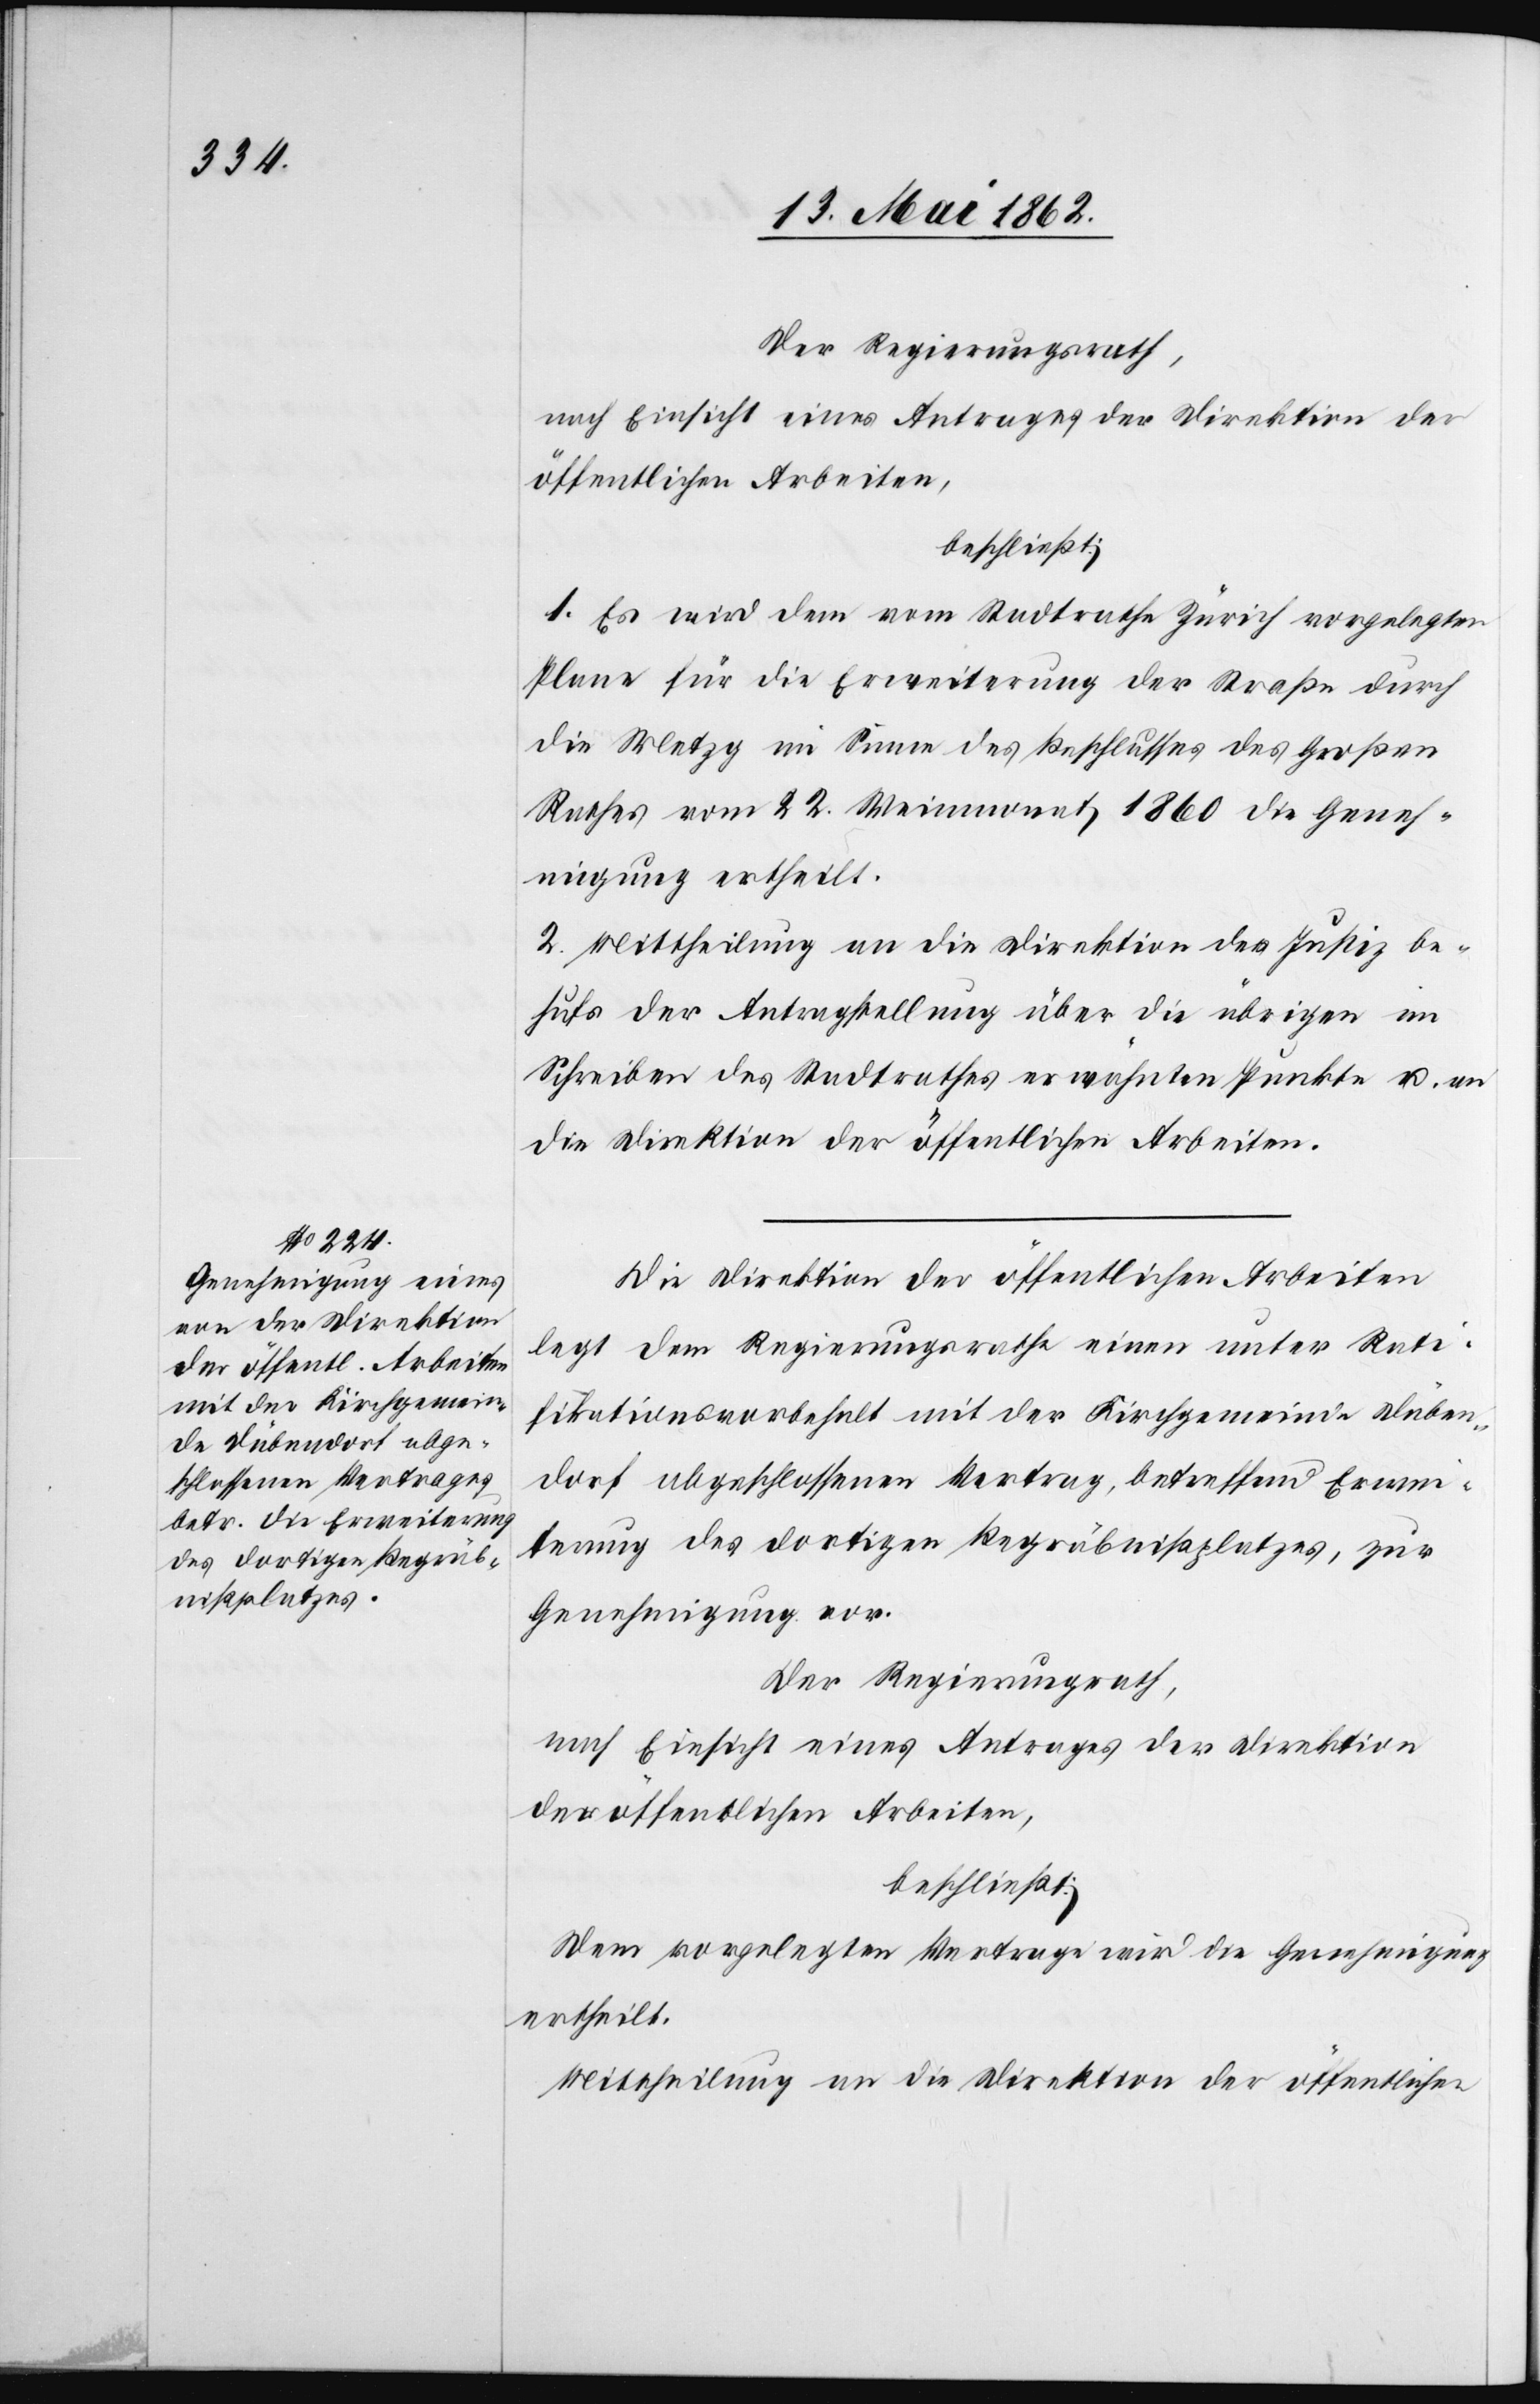
Der Regierungsrath,
nach Einsicht eines Antrages der Direktion der
öffentlichen Arbeiten,
beschließt:
1. Es wird dem vom Stadtrathe Zürich vorgelegten
Plane für die Erweiterung der Straße durch
die Metzg im Sinne des Beschlusses des Großen
Rathes vom 22. Weinmonat 1860 die Geneh¬
migung ertheilt.
2. Mittheilung an die Direktion der Justiz be¬
hufs der Antragstellung über die übrigen im
Schreiben des Stadtrathes erwähnten Punkte u. an
die Direktion der öffentlichen Arbeiten.
Die Direktion der öffentlichen Arbeiten
legt dem Regierungsrathe einen unter Rati¬
fikationsvorbehalt mit der Kirchgemeinde Düben¬
dorf abgeschlossenen Vertrag, betreffend Erwei¬
terung des dortigen Begräbnißplatzes, zur
Genehmigung vor.
Dem vorgelegten Vertrage wird die Genehmigung
ertheilt.
Mittheilung an die Direktion der öffentlichen